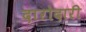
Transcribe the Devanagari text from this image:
दारोदारी